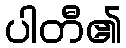
ပါတီ၏